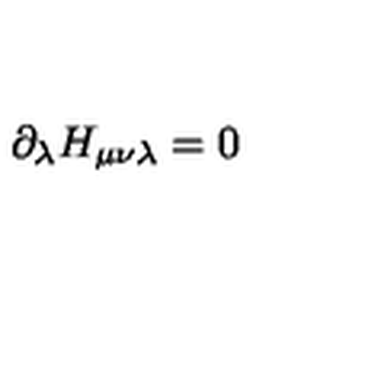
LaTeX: \partial _ { \lambda } H _ { \mu \nu \lambda } = 0